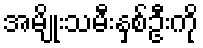
အမျိုးသမီးနှစ်ဦးကို